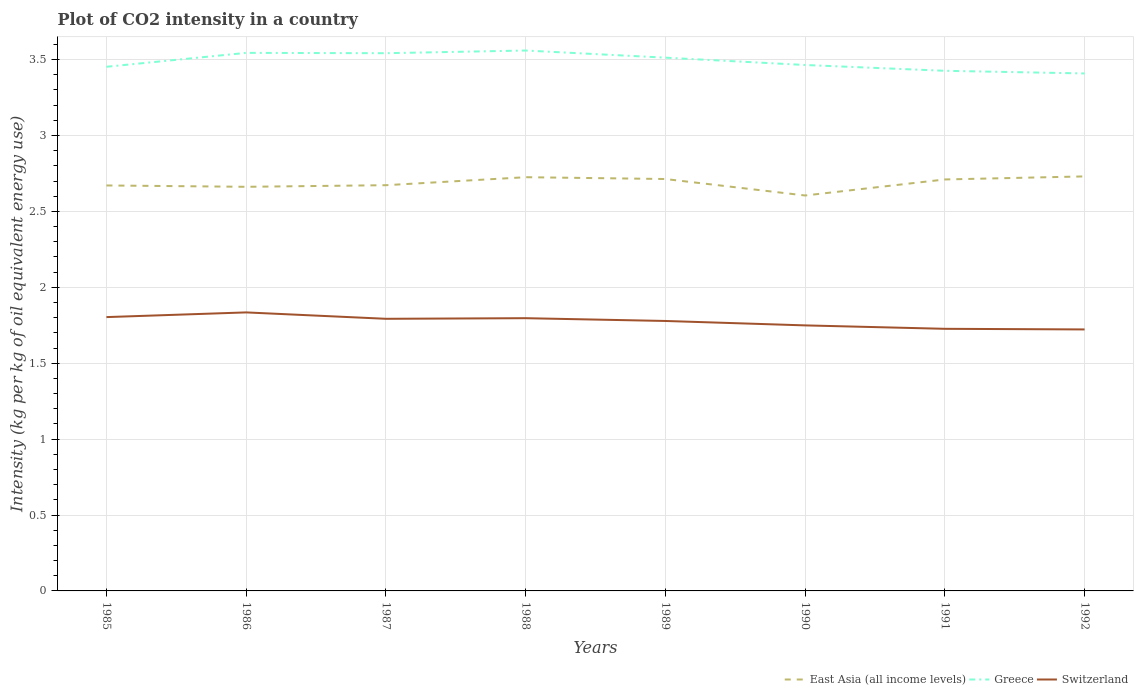
| Years | East Asia (all income levels) | Greece | Switzerland |
 | --- | --- | --- | --- |
 | 1985 | 2.67 | 3.45 | 1.8 |
 | 1986 | 2.66 | 3.54 | 1.83 |
 | 1987 | 2.67 | 3.54 | 1.79 |
 | 1988 | 2.73 | 3.56 | 1.8 |
 | 1989 | 2.71 | 3.51 | 1.78 |
 | 1990 | 2.6 | 3.46 | 1.75 |
 | 1991 | 2.71 | 3.43 | 1.73 |
 | 1992 | 2.73 | 3.41 | 1.72 |